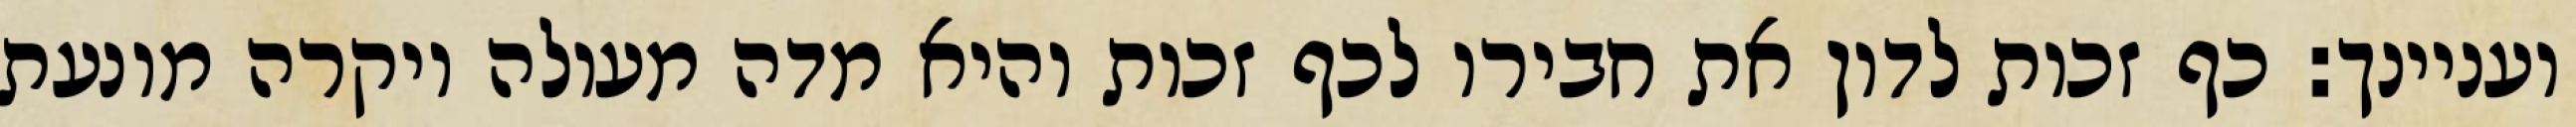
ועניינך: כף זכות לדון את חבירו לכף זכות והיא מדה מעולה ויקרה מונעת